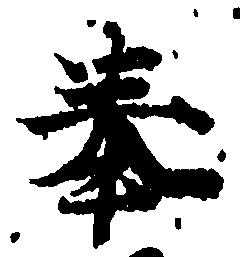
奉